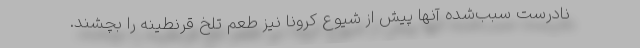
نادرست سبب‌شده آنها پیش از شیوع کرونا نیز طعم تلخ قرنطینه را بچشند.